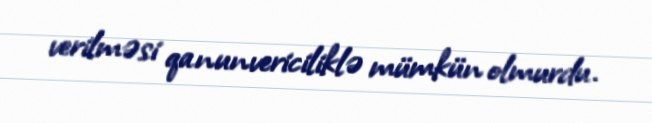
verilməsi qanunvericiliklə mümkün olmurdu.